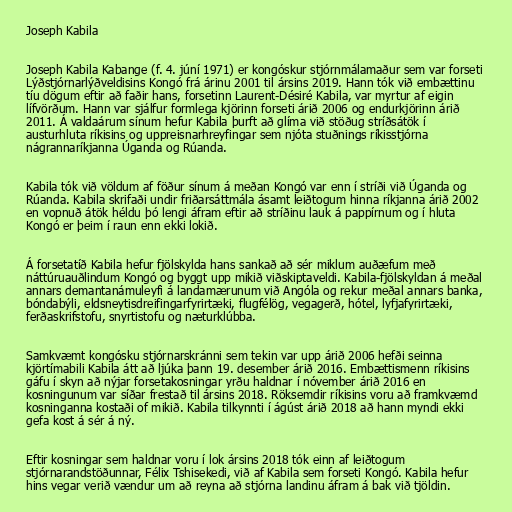
Joseph Kabila

Joseph Kabila Kabange (f. 4. júní 1971) er kongóskur stjórnmálamaður sem var forseti
Lýðstjórnarlýðveldisins Kongó frá árinu 2001 til ársins 2019. Hann tók við embættinu
tíu dögum eftir að faðir hans, forsetinn Laurent-Désiré Kabila, var myrtur af eigin
lífvörðum. Hann var sjálfur formlega kjörinn forseti árið 2006 og endurkjörinn árið
2011. Á valdaárum sínum hefur Kabila þurft að glíma við stöðug stríðsátök í
austurhluta ríkisins og uppreisnarhreyfingar sem njóta stuðnings ríkisstjórna
nágrannaríkjanna Úganda og Rúanda.

Kabila tók við völdum af föður sínum á meðan Kongó var enn í stríði við Úganda og
Rúanda. Kabila skrifaði undir friðarsáttmála ásamt leiðtogum hinna ríkjanna árið 2002
en vopnuð átök héldu þó lengi áfram eftir að stríðinu lauk á pappírnum og í hluta
Kongó er þeim í raun enn ekki lokið.

Á forsetatíð Kabila hefur fjölskylda hans sankað að sér miklum auðæfum með
náttúruauðlindum Kongó og byggt upp mikið viðskiptaveldi. Kabila-fjölskyldan á meðal
annars demantanámuleyfi á landamærunum við Angóla og rekur meðal annars banka,
bóndabýli, eldsneytisdreifingarfyrirtæki, flugfélög, vegagerð, hótel, lyfjafyrirtæki,
ferðaskrifstofu, snyrtistofu og næturklúbba.

Samkvæmt kongósku stjórnarskránni sem tekin var upp árið 2006 hefði seinna
kjörtímabili Kabila átt að ljúka þann 19. desember árið 2016. Embættismenn ríkisins
gáfu í skyn að nýjar forsetakosningar yrðu haldnar í nóvember árið 2016 en
kosningunum var síðar frestað til ársins 2018. Röksemdir ríkisins voru að framkvæmd
kosninganna kostaði of mikið. Kabila tilkynnti í ágúst árið 2018 að hann myndi ekki
gefa kost á sér á ný.

Eftir kosningar sem haldnar voru í lok ársins 2018 tók einn af leiðtogum
stjórnarandstöðunnar, Félix Tshisekedi, við af Kabila sem forseti Kongó. Kabila hefur
hins vegar verið vændur um að reyna að stjórna landinu áfram á bak við tjöldin.